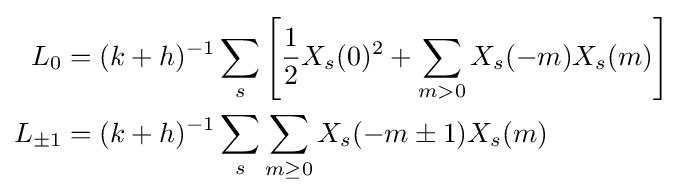
{\begin{aligned}L_{0}&=(k+h)^{-1}\sum _{s}\left[{\frac {1}{2}}X_{s}(0)^{2}+\sum _{m>0}X_{s}(-m)X_{s}(m)\right]\\L_{\pm 1}&=(k+h)^{-1}\sum _{s}\sum _{m\geq 0}X_{s}(-m\pm 1)X_{s}(m)\end{aligned}}